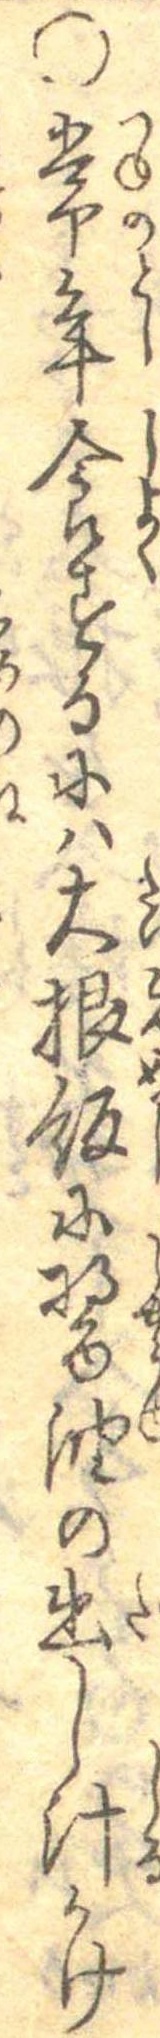
○常年食するには大根飯に醤油の出し汁かけ